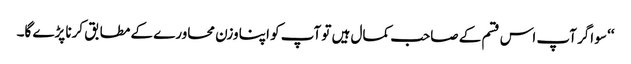
‘‘ سو اگر آپ اس قسم کے صاحب کمال ہیں تو آپ کو اپنا وزن محاورے کے مطابق کرنا پڑے گا۔